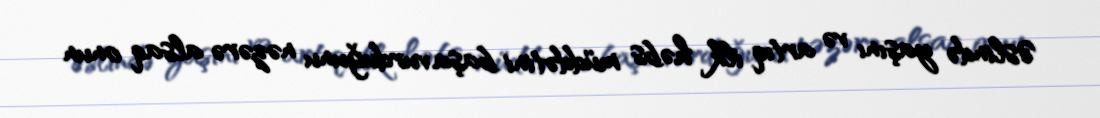
Əslində yaşını və artıq ilk həbs müddətini başa vurduğunu nəzərə alsaq onun